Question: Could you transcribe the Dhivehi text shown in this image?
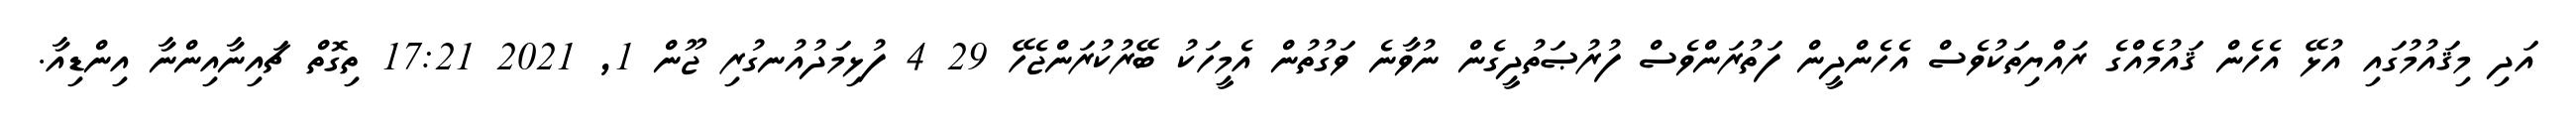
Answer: އަދި މިޤައުމުގައި އުޅޭ އެހެން ޤައުމެއްގެ ރައްޔިތަކުވެސް އެހެންދީން ފަތުރަންވެސް ފުރުޞަތުދީގެން ނުވާނެ ވަގުތުން އެމީހަކު ބޭރުކުރަންޖެހޭ 29 4 ފުޅިމަދުއުނގުރި ޖޫން 1, 2021 17:21 ތިގޮތް ޗައިނާއިންނާ އިންޑިއާ.